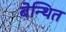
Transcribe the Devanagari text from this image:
बेन्थित